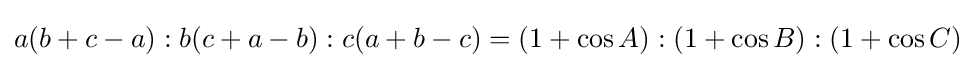
a(b+c-a):b(c+a-b):c(a+b-c)=(1+\cos A):(1+\cos B):(1+\cos C)